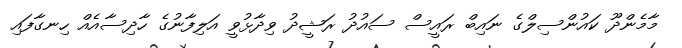
މާމެންދޫ ކައުންސިލްގެ ނައިބް ރައީސް ސައުދު ރަޝީދު ވިދާޅުވީ އަލިފާނުގެ ހާދިސާއެއް ހިނގާފައި